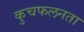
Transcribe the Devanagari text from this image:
कुचफलनता